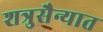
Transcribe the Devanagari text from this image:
शत्रुसैन्यात